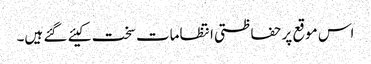
اس موقع پر حفاظتی انتظامات سخت کیئے گئے ہیں۔